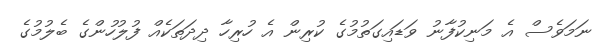
ނަމަވެސް އެ މަނިކުފާނު ވަޑައިގަތުމުގެ ކުރިން އެ ހުރިހާ ދިދަތަކެއް ފުލުހުންގެ ބެލުމުގެ